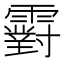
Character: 䨴